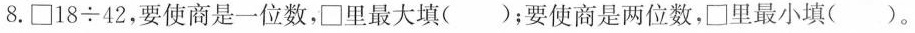
8.\Box$$1 8 \div 4 2$$，要使商是一位数，\Box里最大填()；要使商是两位数，\Box里最小填()。